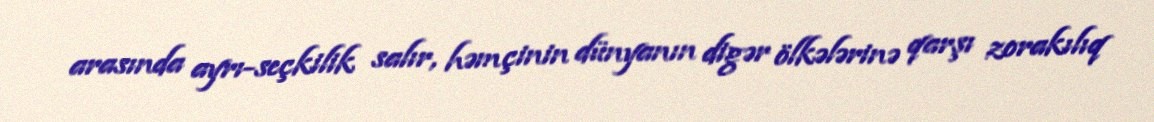
arasında ayrı-seçkilik salır, həmçinin dünyanın digər ölkələrinə qarşı zorakılıq